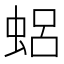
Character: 𱿤